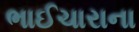
ભાઈચારાના